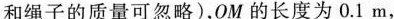
和绳子的质量可忽略)，OM 的长度为 0.1 m，